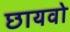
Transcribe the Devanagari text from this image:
छायवो